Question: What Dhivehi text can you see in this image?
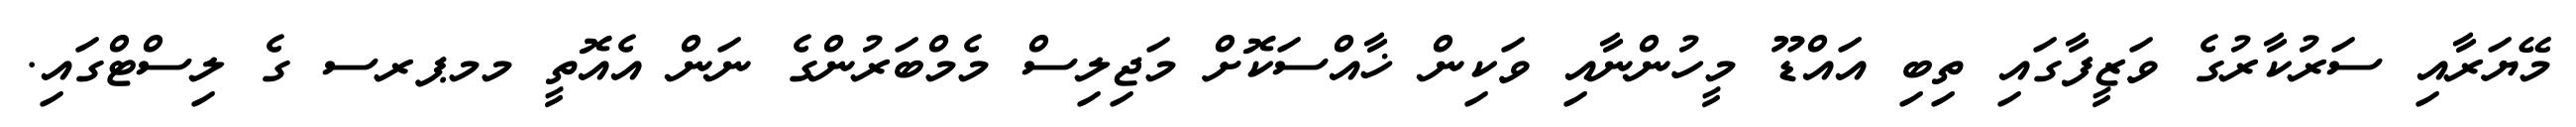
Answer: މޭޔަރާއި ސަރުކާރުގެ ވަޒީފާގައި ތިބި އައްޑޫ މީހުންނާއި ވަކިން ޚާއްސަކޮށް މަޖިލިސް މެމްބަރުންގެ ނަން އެއޮތީ މމޕރސ ގެ ލިސްޓްގައި.